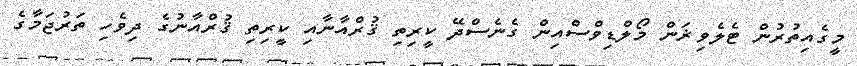
މީގެއިތުރުން ޓެލެވިޜަން މޯލްޑިވްސްއިން ގެނެސްދޭ ކީރިތި ޤުރްއާނާއި ކީރިތި ޤުރްއާނުގެ ދިވެހި ތަރުޖަމާގެ